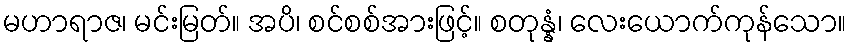
မဟာရာဇ၊ မင်းမြတ်။ အပိ၊ စင်စစ်အားဖြင့်။ စတုန္နံ၊ လေးယောက်ကုန်သော။